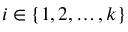
i \in \left\{ { 1 , 2 , \dots , k } \right\}